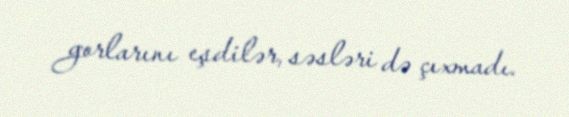
gorlarını eşdilər, səsləri də çıxmadı.